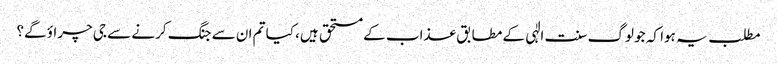
مطلب یہ ہوا کہ جو لوگ سنت الٰہی کے مطابق عذاب کے مستحق ہیں، کیا تم ان سے جنگ کرنے سے جی چراؤ گے؟